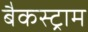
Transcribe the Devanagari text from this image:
बैकस्ट्राम